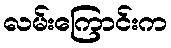
လမ်းကြောင်းက